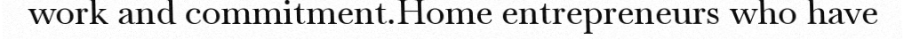
work and commitment.Home entrepreneurs who have